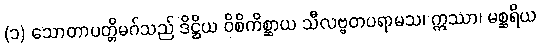
(၁) သောတာပတ္တိမဂ်သည် ဒိဋ္ဌိယ ဝိစိကိစ္ဆာယ သီလဗ္ဗတပရာမသ၊ ဣဿာ၊ မစ္ဆရိယ